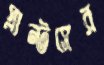
প্লান্টসের